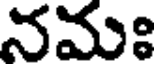
నమః